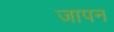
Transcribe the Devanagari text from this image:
जापन